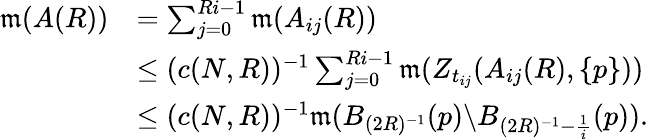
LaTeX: \begin{array}{rl}{\mathfrak{m}(A(R))}&{=\sum_{j=0}^{Ri-1}\mathfrak{m}(A_{ij}(R))}\\ &{\leq(c(N,R))^{-1}\sum_{j=0}^{Ri-1}\mathfrak{m}(Z_{t_{ij}}(A_{ij}(R),\{ p\} ))}\\ &{\leq(c(N,R))^{-1}\mathfrak{m}(B_{(2R)^{-1}}(p)\backslash B_{(2R)^{-1}-\frac{1}{i}}(p)).}\end{array}